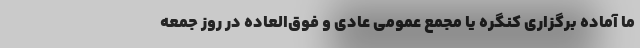
ما آماده برگزاری کنگره یا مجمع عمومی عادی و فوق‌العاده در روز جمعه